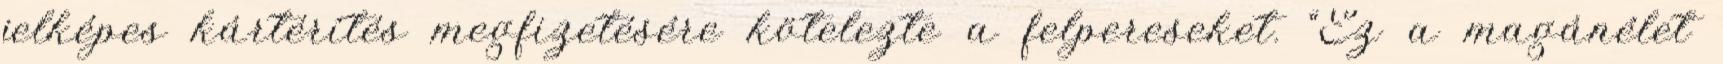
jelképes kártérítés megfizetésére kötelezte a felpereseket. “Ez a magánélet